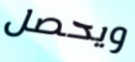
ويحصل